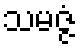
သမဇ္ဇံ